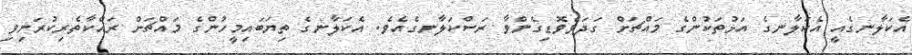
އެކަލާނގެއީ އެކަލާނގެ އަޅުތަކުންގެ މައްޗަށް ގަދަވެވޮޑިގެންވާ ރަސްކަލާނގެއެވެ. އެކަލާނގެ ތިޔަބައިމީހުންގެ މައްޗަށް ރައްކާތެރިކުރަނިވި